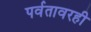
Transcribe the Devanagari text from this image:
पर्वतावरही